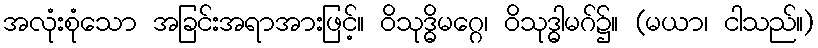
အလုံးစုံသော အခြင်းအရာအားဖြင့်။ ဝိသုဒ္ဓိမဂ္ဂေ၊ ဝိသုဒ္ဓါမဂ်၌။ (မယာ၊ ငါသည်။)